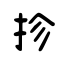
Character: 抮